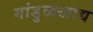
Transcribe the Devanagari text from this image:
गांडुळखाद्य